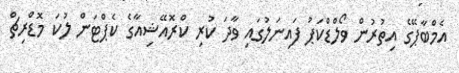
އެމްބާޕޭގެ އިތުރުން ވޯލްޑްކަޕު ފައިނަލުގައި ވާދަ ކުރި ކްރޮއޭޝިއާގެ ކެޕްޓަން ލުކަ މޮޑްރިޗް